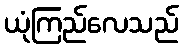
ယုံကြည်လေသည်